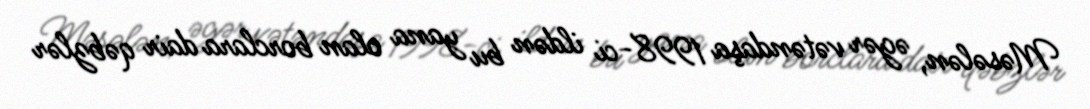
Məsələn, əgər vətəndaşa 1998-ci ildən bu yana olan borclara dair qəbzlər